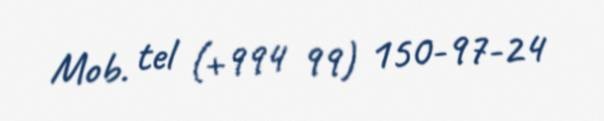
Mob. tel (+994 99) 150-97-24